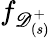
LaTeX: f_{\mathscr{D}_{(s)}^{+}}